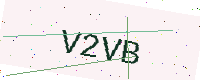
Text: V2VB